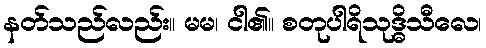
နတ်သည်လည်း။ မမ၊ ငါ၏။ စတုပါရိသုဒ္ဓိသီလေ၊